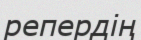
репердің